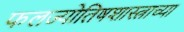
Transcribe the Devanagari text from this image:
फलज्योतिषशास्त्राच्या